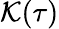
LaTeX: \mathcal{K}(\tau)